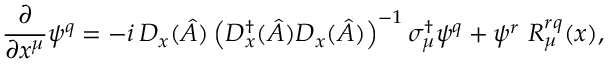
\frac { \partial } { \partial x ^ { \mu } } \psi ^ { q } = - i \, D _ { x } ( \hat { A } ) \left( D _ { x } ^ { \dagger } ( \hat { A } ) D _ { x } ( \hat { A } ) \right) ^ { - 1 } \sigma _ { \mu } ^ { \dagger } \psi ^ { q } + \psi ^ { r } ~ R _ { \mu } ^ { r q } ( x ) ,